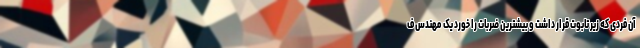
آن فردی که زیر تابوت قرار داشت و بیشترین ضربات را خورد یک مهندس ف